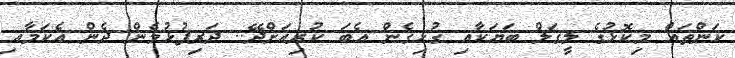
ކަންތައް މިކޮޅުގެ ލީގަލް ބަޔަކާއި ގުޅިގެން އެބަ ކުރިއަށްދޭ.. ދަރިފުޅުމެން ދެން އެކަމާއި